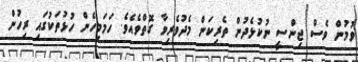
ވުމުން ވެސް ޖިންސީ ނުކުޅެދުން ތެރިކަން މެދުވެރިވާ ގޮތްވެއެވެ. ހަމަމިހެން ހުޅުތަކުގައި ރިހުން